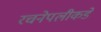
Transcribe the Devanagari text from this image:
रचनेपलीकडे